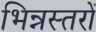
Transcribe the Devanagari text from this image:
भिन्नस्तरों